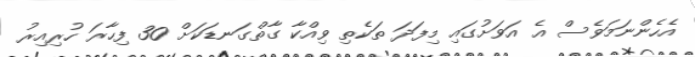
އެހެންނަމަވެސް އެ އަވަށުގައި މިފަދަ ތަކެތި ވިއްކާ ގާތްގަނޑަކަށް 30 ފިހާރަ ހުރިއިރު